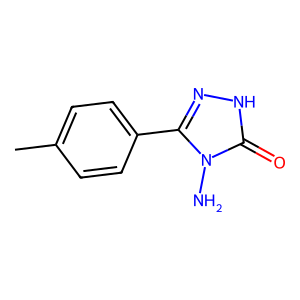
SMILES: Cc1ccc(-c2n[nH]c(=O)n2N)cc1
Inhibits HIV replication: No